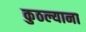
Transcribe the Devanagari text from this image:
कुठल्याना